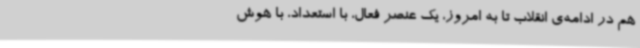
هم در ادامه‌ی انقلاب تا به امروز، یک عنصر فعال، با استعداد، با هوش